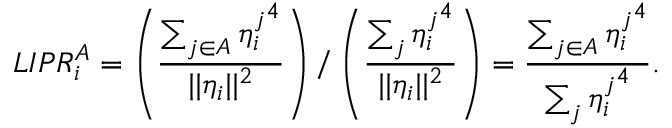
L I P R _ { i } ^ { A } = \left( \frac { \sum _ { j \in A } { \eta _ { i } ^ { j } } ^ { 4 } } { | | \eta _ { i } | | ^ { 2 } } \right) / \left( \frac { \sum _ { j } { \eta _ { i } ^ { j } } ^ { 4 } } { | | \eta _ { i } | | ^ { 2 } } \right) = \frac { \sum _ { j \in A } { \eta _ { i } ^ { j } } ^ { 4 } } { \sum _ { j } { \eta _ { i } ^ { j } } ^ { 4 } } .